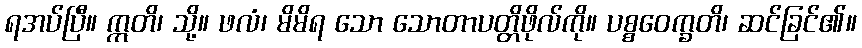
ရအပ်ပြီ။ ဣတိ၊ သို့။ ဖလံ၊ မိမိရ သော သောတာပတ္တိဖိုလ်ကို။ ပစ္စဝေက္ခတိ၊ ဆင်ခြင်၏။